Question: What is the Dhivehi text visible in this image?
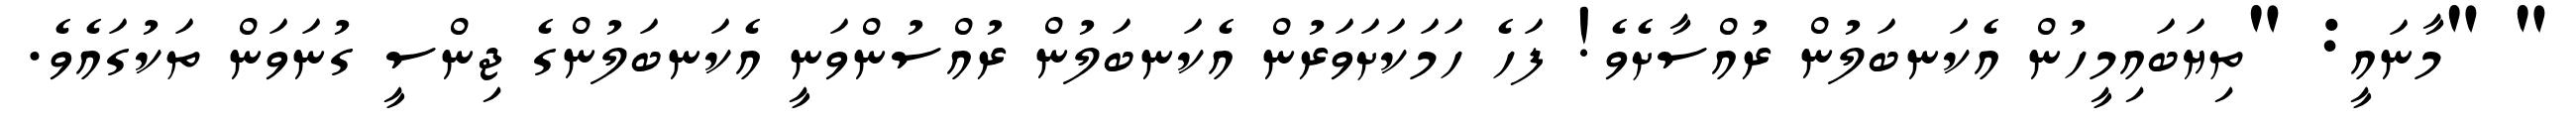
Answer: " "މާނައީ: "ތިޔަބައިމީހުން އެކަނބަލުން ރުއްސާށެވެ! ފަހެ ހަމަކަށަވަރުން އެކަނބަލުން ރުއްސުންވަނީ އެކަނބަލުންގެ ޖިންސީ ގުނަވަން ތަކުގައެވެ.